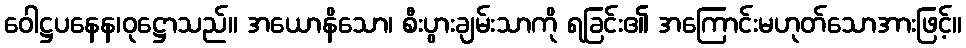
ဝေါဋ္ဌပနေန၊ဝုဋ္ဌောသည်။ အယောနိသော၊ စီးပွားချမ်းသာကို ရခြင်း၏ အကြောင်းမဟုတ်သောအားဖြင့်။